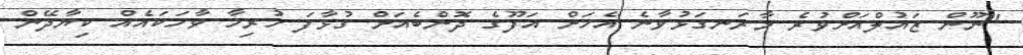
"ނޫން ޒައުލްއަށްވުރެ މާރަނގަޅުވާނެ އެހަށް އަފޫގެ ދޮންބެއަށް ގުޅާފަ ހުރިހާ ވާހަކައެއް ކިޔާދޭން